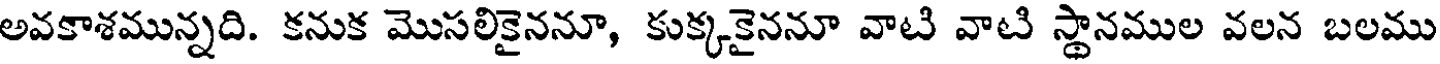
అవకాశమున్నది. కనుక మొసలికైననూ, కుక్కకైననూ వాటి వాటి స్థానముల వలన బలము